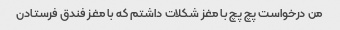
من درخواست پچ پچ با مغز شکلات داشتم که با مغز فندق فرستادن